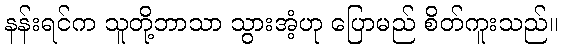
နန်းရင်က သူတို့ဘာသာ သွားအံ့ဟု ပြောမည် စိတ်ကူးသည်။